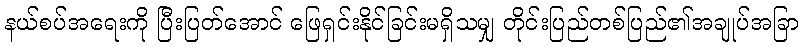
နယ်စပ်အရေးကို ပြီးပြတ်အောင် ဖြေရှင်းနိုင်ခြင်းမရှိသမျှ တိုင်းပြည်တစ်ပြည်၏အချုပ်အခြာ